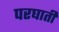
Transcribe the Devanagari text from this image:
परघाती